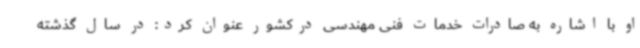
او با اشاره به صادرات خدمات فنی مهندسی درکشور عنوان کرد: در سال گذشته